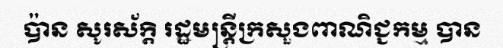
ប៉ាន សូរស័ក្តិ រដ្ឋមន្ត្រីក្រសួងពាណិជ្ជកម្ម បាន